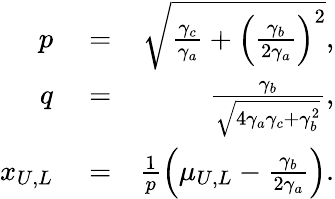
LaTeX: \begin{array}{rlr}{p}&{{}=}&{\sqrt{\frac{\gamma_{c}}{\gamma_{a}}+\left(\frac{\gamma_{b}}{2\gamma_{a}}\right)^{2}},}\\ {q}&{{}=}&{\frac{\gamma_{b}}{\sqrt{4\gamma_{a}\gamma_{c}+\gamma_{b}^{2}}},}\\ {x_{U,L}}&{{}=}&{\frac{1}{p}\left(\mu_{U,L}-\frac{\gamma_{b}}{2\gamma_{a}}\right).}\end{array}